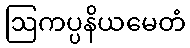
ဩကပ္ပနိယမေတံ